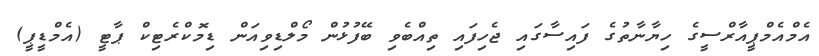
އެމްއެމްޕީއާރްސީގެ ހިޔާނާތުގެ ފައިސާގައި ޖެހިފައި ތިއްބެވި ބޭފުޅުން މޯލްޑިވިއަން ޑިމޮކްރެޓިކް ޕާޓީ (އެމްޑީޕީ)